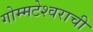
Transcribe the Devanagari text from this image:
गोम्मटेश्वराची